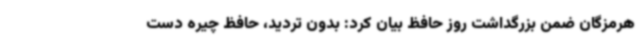
هرمزگان ضمن بزرگداشت روز حافظ بیان کرد: بدون تردید، حافظ چیره دست